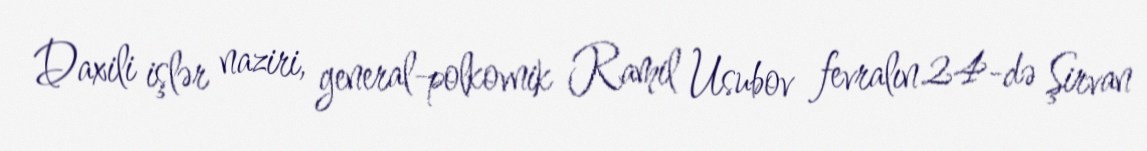
Daxili işlər naziri, general-polkovnik Ramil Usubov fevralın 24-də Şirvan